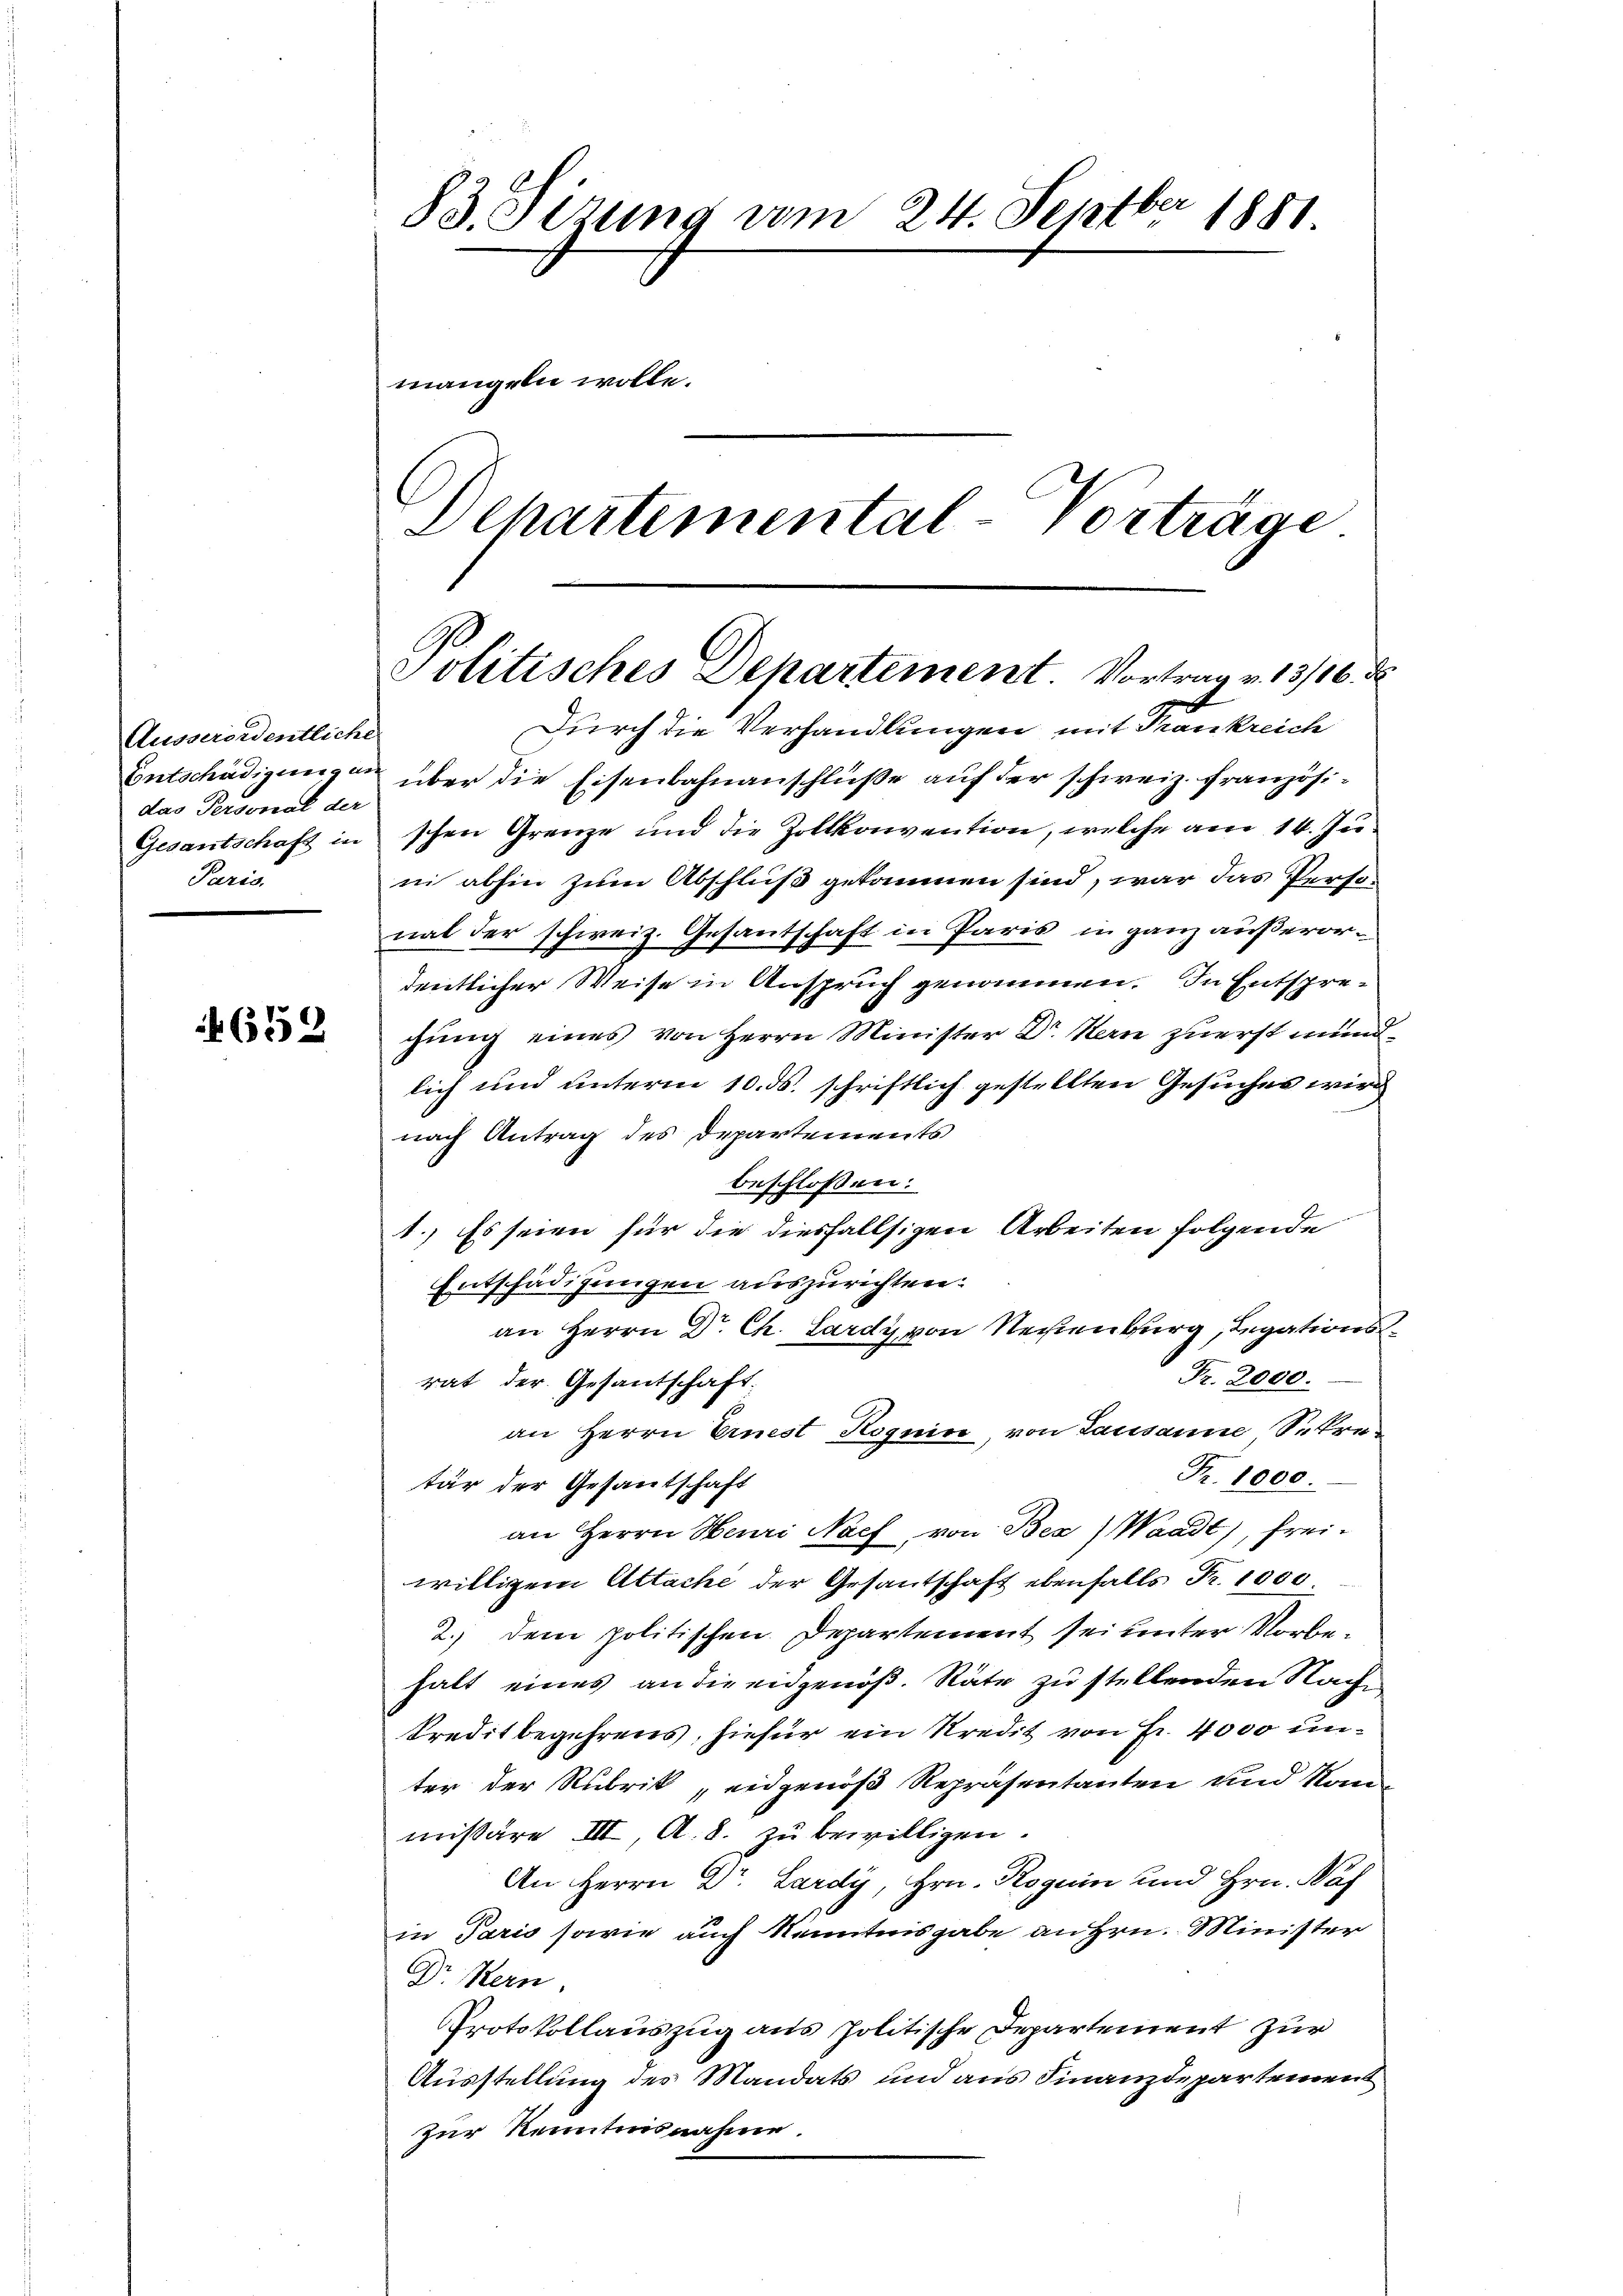
Ausserordentliche
das Personal der
Paris.

4652

83. Sizung vom 24. Septbr 1881
mangeln wolle.
Departemental-Vorträge

Politisches Departement. Vortrag v. 13/16. d

Durch die Verhandlungen mit Frankreich
Entschädigungen über die Eisenbahnanschlüße auf der schweiz. französi¬
Gesantschaft in schen Grenze und die Zollkonvention, welche am 10. Jŭ
in abhin zum Abschluß gekommen sind, war das Perso-
nal der schweiz. Gesantschaft in Paris, in ganz außerordentlicher Weise in Anspruch genommen. In Entspregung eines von Herrn Minister Dr. Hern zuerst mundlich und unterm 10. ds. schriftlich gestellten Gesuches wird
nach Antrag des Departements
beschlossen:
1.) Es seien für die diesfallsigen Arbeiten folgende
Entschädigungen auszurichten:
an Herrn Dr. Ch. Lardy von Neuenburg, Legations¬
 Fr. 2000.
rat der Gesantschaft.
an Herrn Einest Kognice, von Lausanne Sekre¬
Fr. 1000.
tär der Gesantschaft
an Herrn Henri Nach von Bes) Waadt, freiwilligem Attache der Gesandtschaft ebenfalls Fr. 1000
2.) dem politischen Departement sei unter Vorbehalt eines an die eidgenöß. Räte zu stellenden Nache
kreditbegehrens, hiefür ein Kredit von Fr. 4000 unter der Rubrik eidgenoß Repräsentanten und Kanmissäre III, A. B. zu bewilligen.
An Herrn Dr. Lardy, Hrn. Roguin und Hrn. Paf
in Paris sowie auch Kenntnisgabe an Hrn. Minister
Dr. Kern
Protokollauszug aus politische Departement zur
Ausstellung der Mandats und aus Finanzdepartement
zur Kenntnisnahme.